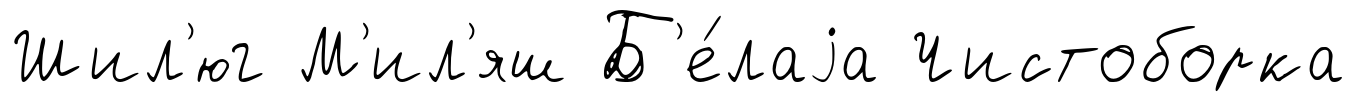
Шил'юг М'ил'яш Б'е́лаjа Чистоборка